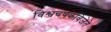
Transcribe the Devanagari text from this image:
विश्वचषकविजेते